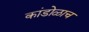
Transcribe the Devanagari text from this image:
कांडोळाच